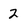
Character: 2